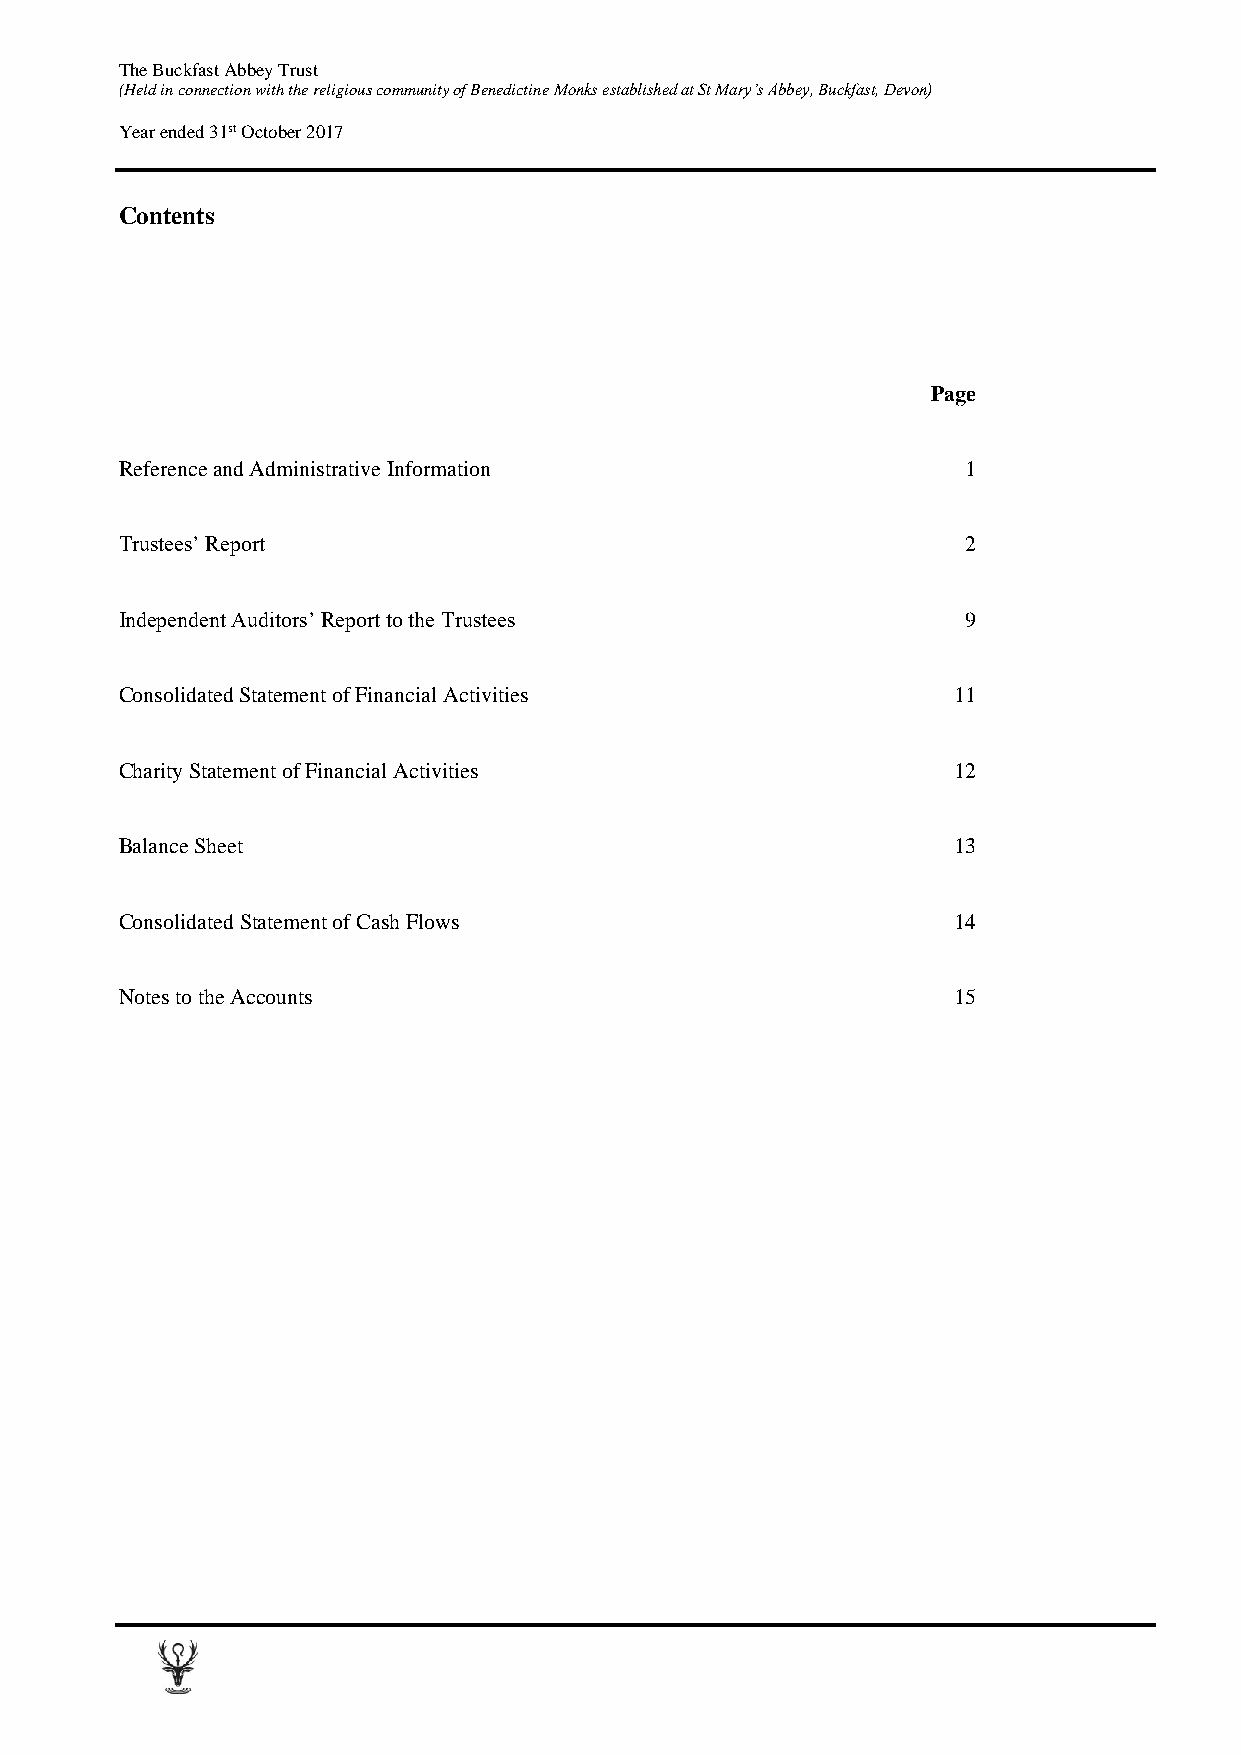
The Buckfast Abbey Trust
 (Held in connection with the religious community of Benedictine Monks established at St Mary’s Abbey, Buckfast, Devon)
 Year ended 31st October 2017
 Contents
 Page
 Reference and Administrative Information                1
 Trustees’ Report                                        2
 Independent Auditors’ Report to the Trustees            9
 Consolidated Statement of Financial Activities         11
 Charity Statement of Financial Activities              12
 Balance Sheet                                          13
 Consolidated Statement of Cash Flows                   14
 Notes to the Accounts                                  15